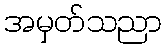
အမှတ်သညာ